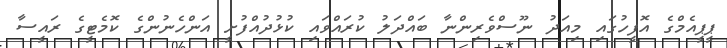
ޕީޕީއެމްގެ އޮފީހުގައި މިއަދު ނޫސްވެރިންނާ ބައްދަލު ކުރައްވައި ކުޅުދުއްފުށީ އަންހެނުންގެ ކޮމެޓީގެ ރައީސާ